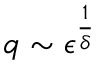
q \sim \epsilon ^ { \frac { 1 } { \delta } }